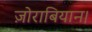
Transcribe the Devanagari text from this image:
ज़ोराबियान।